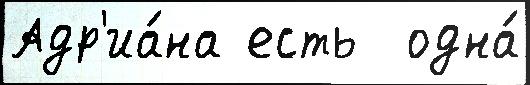
Адр'иа́на есть  одна́